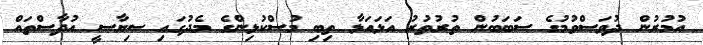
އުމުރުން ދުވަސްވުމުގެ ސަބަބުން ތުރުތުރު އަޅައަޅާ ތިބި މުސްކުޅިންގެ މެދުގައި ސިޔާސީ އުދާސްތައް